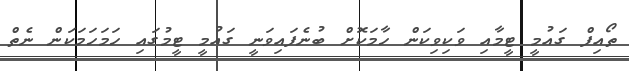
ތޯއިފް ގައުމީ ޓީމާއި ވަކިވިކަން ހާމަކޮށް ބުނެފައިވަނީ ގައުމީ ޓީމުގައި ހަމަހަމަކަން ނެތް